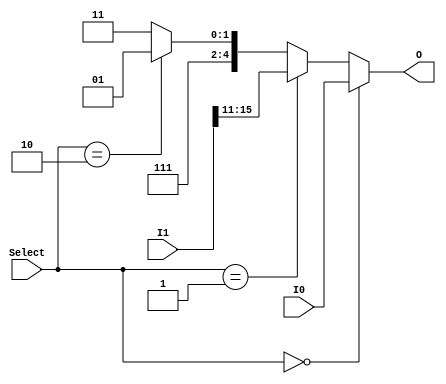
// MUX para o Write data do banco de registradores.

module MUX_WriteIn (
    output wire [4:0] O,
    input  wire [4:0] I0,
    input  wire [15:0] I1,
    input  wire [1:0] Select
);

assign O = (Select == 2'b00) ? I0:    // Instruo [20-16]
           (Select == 2'b01) ? I1[15:11]:    // Instruo [15-11]
           (Select == 2'b10) ? 5'd29: // Registrador sp(Stack Pointer)
                               5'd31; // Registrador ra(Return address)
    
endmodule